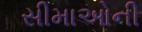
સીમાઓની